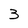
Character: 3